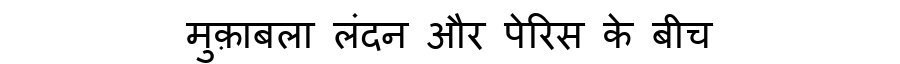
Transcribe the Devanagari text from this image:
मुक़ाबला लंदन और पेरिस के बीच